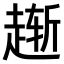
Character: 𫎸